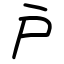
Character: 戸